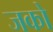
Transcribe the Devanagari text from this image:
जको